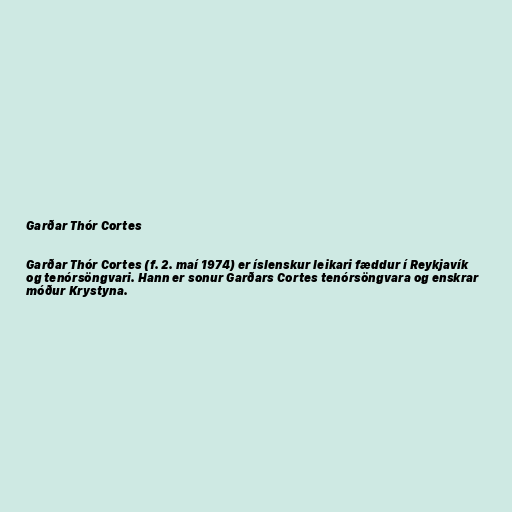
Garðar Thór Cortes

Garðar Thór Cortes (f. 2. maí 1974) er íslenskur leikari fæddur í Reykjavík
og tenórsöngvari. Hann er sonur Garðars Cortes tenórsöngvara og enskrar
móður Krystyna.